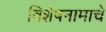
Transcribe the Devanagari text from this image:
विशेषनामाचे